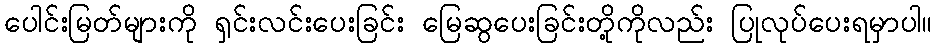
ပေါင်းမြတ်များကို ရှင်းလင်းပေးခြင်း မြေဆွပေးခြင်းတို့ကိုလည်း ပြုလုပ်ပေးရမှာပါ။